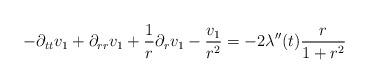
LaTeX: \begin{align*} -\partial_{tt}v_{1}+\partial_{rr}v_{1}+\frac{1}{r}\partial_{r} v_{1} - \frac{v_{1}}{r^{2}}=-2\lambda''(t) \frac{r}{1+r^{2}}\end{align*}